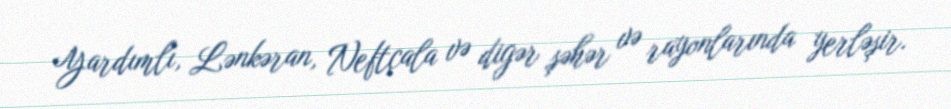
Yardımlı, Lənkəran, Neftçala və digər şəhər və rayonlarında yerləşir.